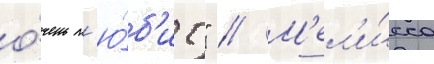
о́чень л'ю́б'ит" // М'ел'и́сса